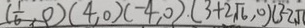
( \frac { 1 } { 6 } , 0 ) ( 4 , 0 ) ( - 4 , 0 ) ( 3 + 2 \sqrt { 6 } , 0 ) ( 3 - 2 \sqrt { 6 }